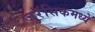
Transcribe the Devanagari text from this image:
जुरॅसिकमध्ये